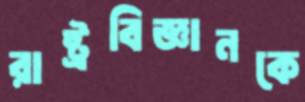
রাষ্ট্রবিজ্ঞানকে